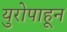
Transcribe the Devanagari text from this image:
युरोपाहून